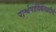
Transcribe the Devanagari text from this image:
पार्श्वगायिकेसाठीचे